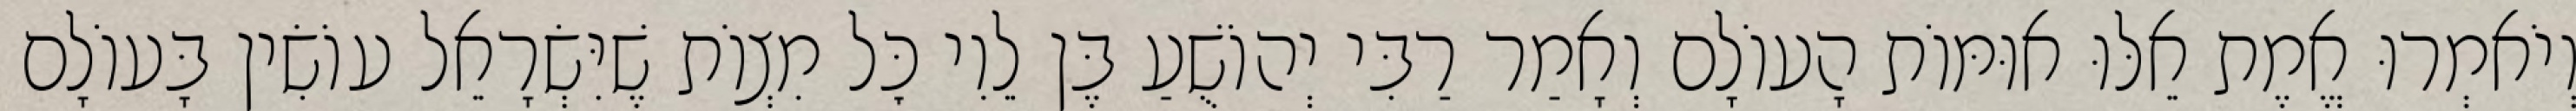
וְיֹאמְרוּ אֱמֶת אֵלּוּ אוּמּוֹת הָעוֹלָם וְאָמַר רַבִּי יְהוֹשֻׁעַ בֶּן לֵוִי כׇּל מִצְוֹת שֶׁיִּשְׂרָאֵל עוֹשִׂין בָּעוֹלָם